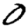
Digit: 0